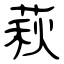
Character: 萩